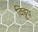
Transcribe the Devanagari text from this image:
विड्ढय